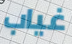
غياب